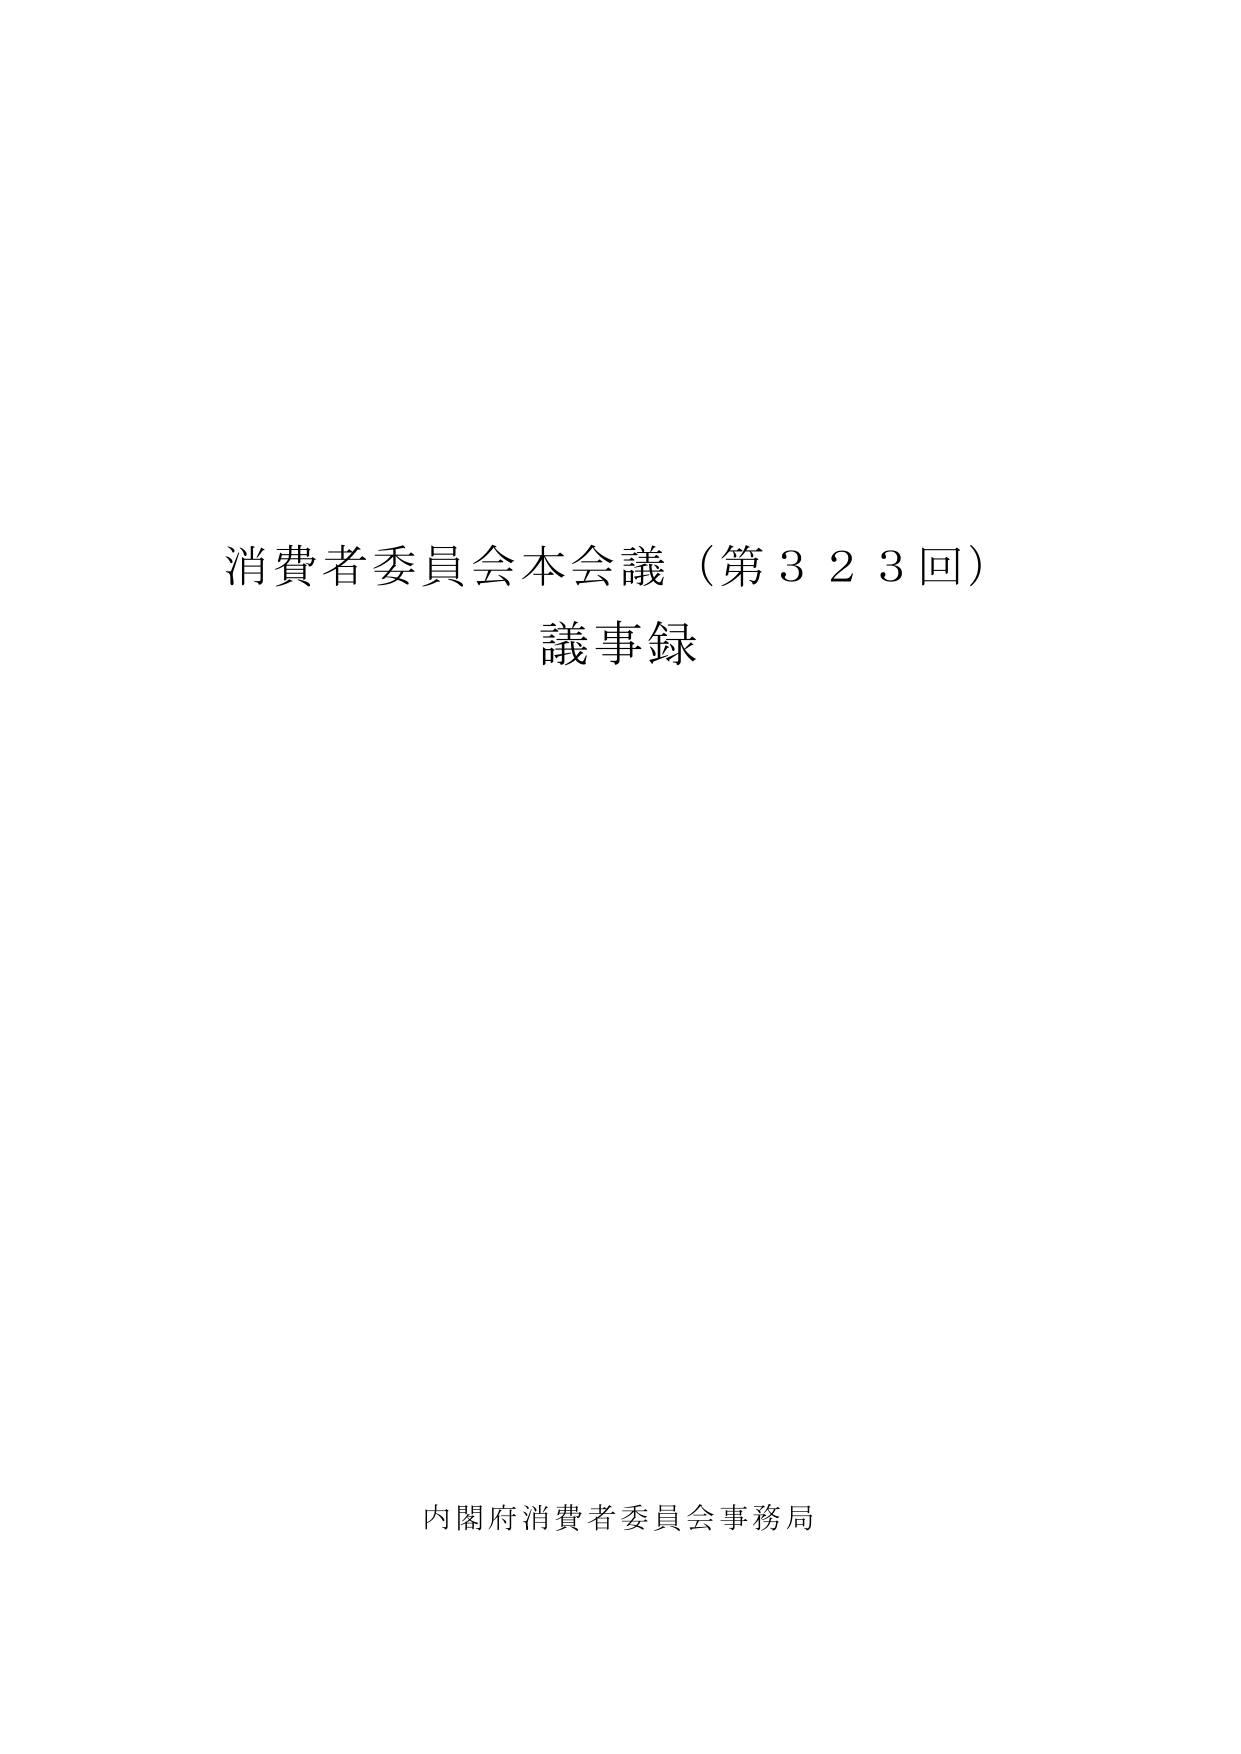
消費者委員会本会議（第323回）
議事録

内閣府消費者委員会事務局